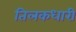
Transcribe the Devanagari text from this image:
तिलकधारी